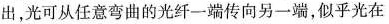
出，光可从任意弯曲的光纤一端传向另一端，似乎光在